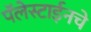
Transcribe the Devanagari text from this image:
पॅलेस्टाईनचे